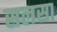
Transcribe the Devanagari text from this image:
सलसा